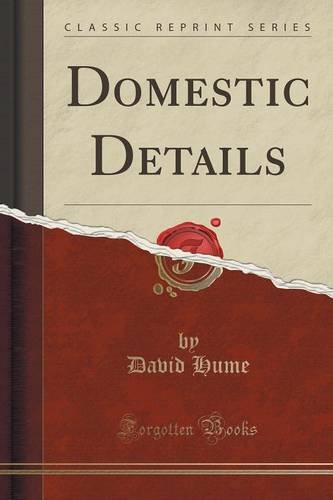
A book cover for Domestic Details (Classic Reprint); David Hume; Reference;